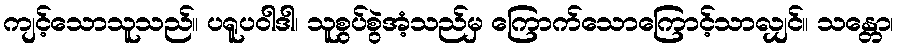
ကျင့်သောသူသည်။ ပရူပဝါဒါ၊ သူစွပ်စွဲအံ့သည်မှ ကြောက်သောကြောင့်သာလျှင်။ သန္တော၊